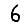
Digit: 6